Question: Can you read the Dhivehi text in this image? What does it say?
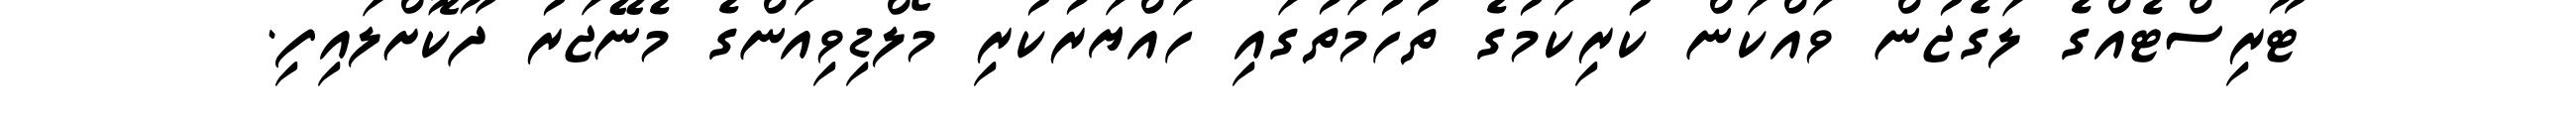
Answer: ޓޫރިސްޓެއްގެ ލަގެޖުން ވައްކަން ކުރިކަމުގެ ތުހުމަތުގައި ހައްޔަރުކުރި މޯލްޑިވިއަންގެ މެނޭޖަރު ދޫކޮށްލައިފި.